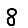
Digit: 8